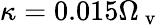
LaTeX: \kappa=0.015\Omega_{\mathrm{~v~}}